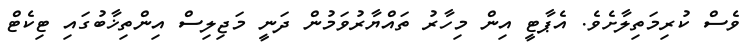
ވެސް ކުރިމަތިލާށެވެ. އެޕާޓީ އިން މިހާރު ތައްޔާރުވަމުން ދަނީ މަޖިލިސް އިންތިޚާބުގައި ޓިކެޓް